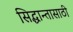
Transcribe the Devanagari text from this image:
सिद्धान्तासाठी